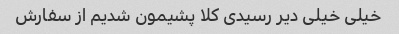
خیلی خیلی دیر رسیدی کلا پشیمون شدیم از سفارش